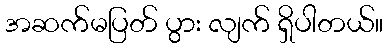
အဆက်မပြတ် ပွား လျက် ရှိပါတယ်။